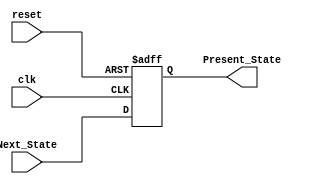
`timescale 1 ps / 100 fs	  


module StateReg(
    output reg [2:0] Present_State,
    input [2:0] Next_State,
    input wire reset,
    input wire clk
	);

    always @(posedge clk or posedge reset)
    begin
        if (reset)
            Present_State <= 3'b000;
        else
            Present_State <= Next_State;
    end
endmodule